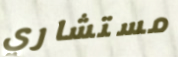
مستشاري